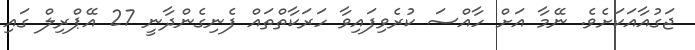
ޖަގުއާއަކަށެވެ. ނޭމާ އަށް ހާއްސަ ކުރެވިފައިވާ ހަރަކާތްތައް ފެނިގެންދާނީ 27 އޭޕްރިލް ގައި